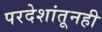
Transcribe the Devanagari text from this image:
परदेशांतूनही